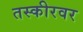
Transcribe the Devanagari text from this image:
तस्कीरवर